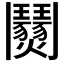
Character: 𩰜